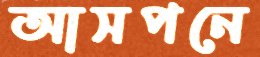
আসপনে